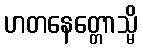
ဟတနေတ္တောသ္မိ